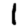
Digit: 1